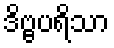
ဒိဗ္ဗပရိသာ